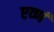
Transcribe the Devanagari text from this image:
एव्णं